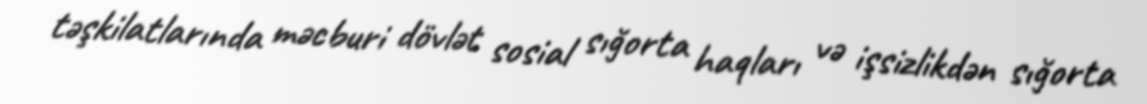
təşkilatlarında məcburi dövlət sosial sığorta haqları və işsizlikdən sığorta